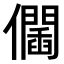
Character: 𠑆